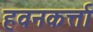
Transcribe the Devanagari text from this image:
हवनकर्त्ता